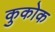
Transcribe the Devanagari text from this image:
कुकोक